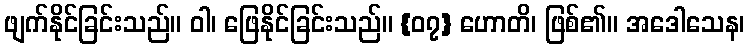
ဖျက်နိုင်ခြင်းသည်။ ဝါ၊ ဖြေနိုင်ခြင်းသည်။ {၀၇} ဟောတိ၊ ဖြစ်၏။ အဒေါသေန၊